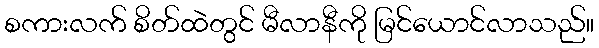
စကားလက် စိတ်ထဲတွင် မီလာနီကို မြင်ယောင်လာသည်။